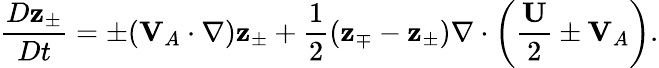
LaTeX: \frac{D\textbf{z}_{\pm}}{Dt}=\pm(\textbf{V}_{A}\cdot\nabla)\textbf{z}_{\pm}+\frac{1}{2}(\textbf{z}_{\mp}-\textbf{z}_{\pm})\nabla\cdot\bigg(\frac{\textbf{U}}{2}\pm\textbf{V}_{A}\bigg).